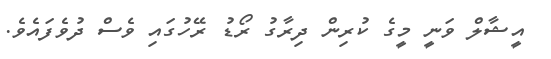
އީޝާލް ވަނީ މީގެ ކުރިން ދިރާގު ރޯޑު ރޭހުގައި ވެސް ދުވެފައެވެ.